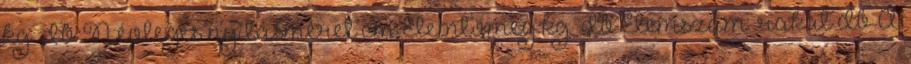
kg db Névleges nyílásméret cm Elemtömeg kg db Elemszám rakat db A